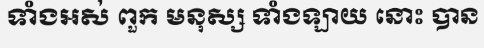
ទាំងអស់ ពួក មនុស្ស ទាំងឡាយ នោះ បាន